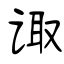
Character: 诹